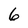
Character: 6